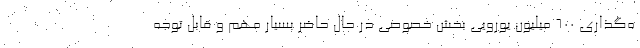
ه‌گذاري 600 ميليون يورویي بخش خصوصي در حال حاضر بسیار مهم و قابل توجه